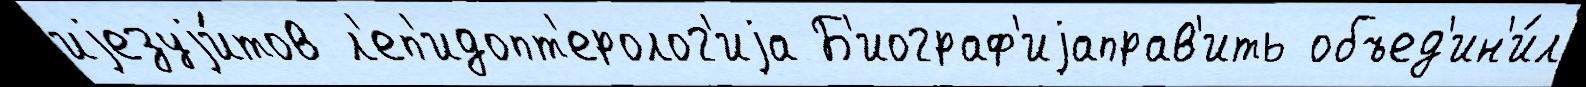
иjезуjи́тов л'еп'идопт'еролог'иjа Б'иограф'иjаправ'ить объед'ин'и́л